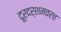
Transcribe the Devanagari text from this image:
दूरदर्शनवरच